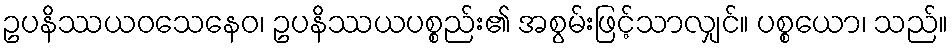
ဥပနိဿယဝသေနေဝ၊ ဥပနိဿယပစ္စည်း၏ အစွမ်းဖြင့်သာလျှင်။ ပစ္စယော၊ သည်။